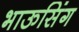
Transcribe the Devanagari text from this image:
भाऊसिंग